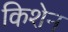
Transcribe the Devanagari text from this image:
किशेन